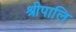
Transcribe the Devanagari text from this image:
श्रीपालि